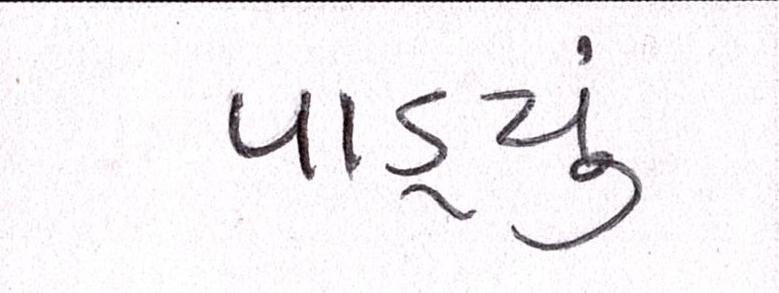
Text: પાડ્યું